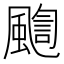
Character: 𩘇